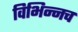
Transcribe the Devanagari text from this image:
विभिन्नच